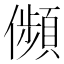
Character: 𠐺